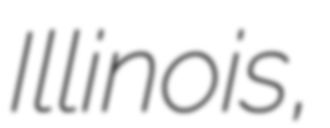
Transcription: Illinois,